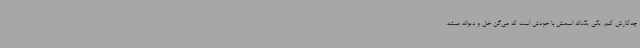
چه‌کارش کنم. یکی یکدانه اسمش با خودش است که می‌گن خل و دیوانه میشه.